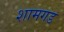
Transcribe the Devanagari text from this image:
शामगड